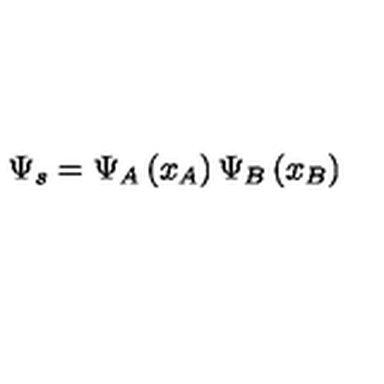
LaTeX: \Psi _ { s } = \Psi _ { A } \left( x _ { A } \right) \Psi _ { B } \left( x _ { B } \right)